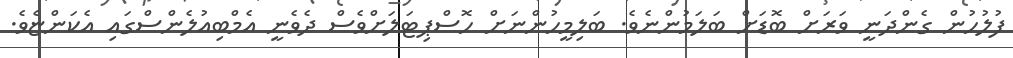
ފުލުހުން ގެންދަނީ ވަރަށް ބޮޑަށް ބަލަމުންނެވެ. ބަލިމީހުންނަށް ހޮސްޕިޓަލަށްވެސް ދެވެނީ އެމްބިއުލެންސްގައި އެކަންޏެވެ.